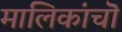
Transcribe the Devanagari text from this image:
मालिकांचॊ